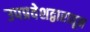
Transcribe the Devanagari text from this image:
उपप्रवेशद्वारातून